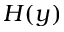
H ( y )